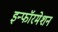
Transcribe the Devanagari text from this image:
इन्फॉरमेशन